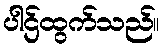
ပါဌ်ထွက်သည်။